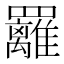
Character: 䍦